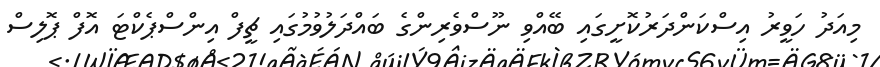
މިއަދު ހަވީރު އިސްކަންދަރުކޮށީގައި ބޭއްވި ނޫސްވެރިންގެ ބައްދަލުވުމުގައި ޗީފް އިންސްޕެކްޓަ އޮފް ޕޮލިސް